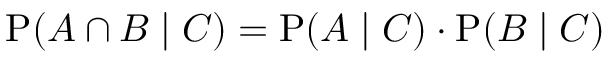
\mathrm { P } ( A \cap B \mid C ) = \mathrm { P } ( A \mid C ) \cdot \mathrm { P } ( B \mid C )